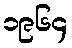
၁၉၆၄